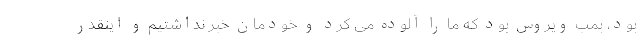
بود، بمب ویروس بود که ما را آلوده می کرد و خودمان خبر نداشتیم و اینقدر